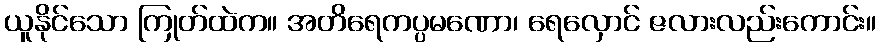
ယူနိုင်သော ကြုတ်ထဲက။ အတိရေကပ္ပမဏော၊ ရေလှောင် ဇလားလည်းကောင်း။